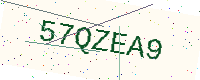
Text: 57QZEA9